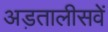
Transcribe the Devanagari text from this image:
अड़तालीसवें